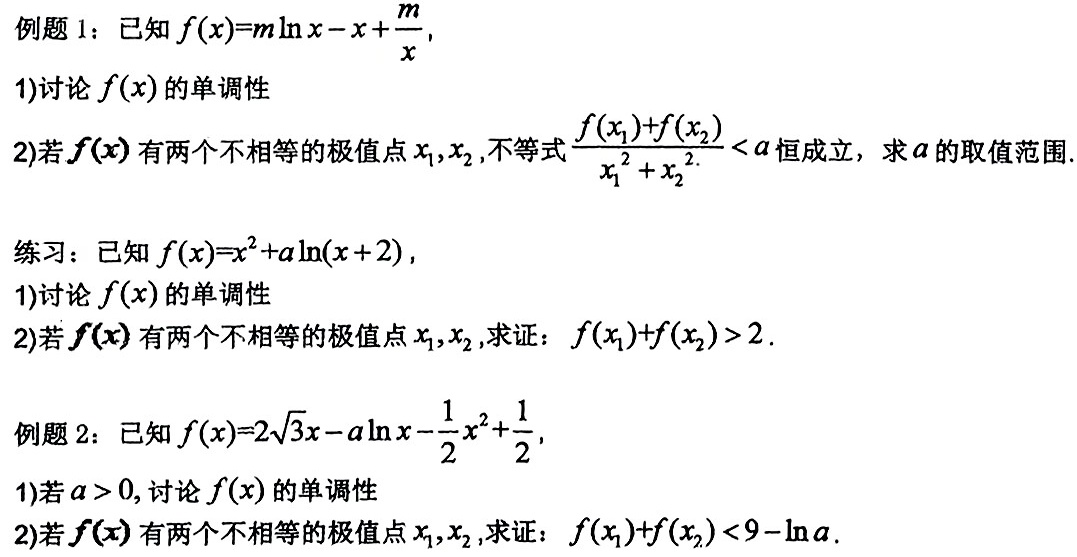
例题 1：已知$f(x)=m\ln x - x + \frac{m}{x}$，
1)讨论$f(x)$的单调性
2)若$f(x)$有两个不相等的极值点$x_1,x_2$，不等式$\frac{f(x_1)+f(x_2)}{x_1^2 + x_2^2}<a$恒成立，求$a$的取值范围.

练习：已知$f(x)=x^2 + a\ln(x + 2)$，
1)讨论$f(x)$的单调性
2)若$f(x)$有两个不相等的极值点$x_1,x_2$，求证：$f(x_1)+f(x_2)>2$.

例题 2：已知$f(x)=2\sqrt{3}x - a\ln x - \frac{1}{2}x^2 + \frac{1}{2}$，
1)若$a > 0$，讨论$f(x)$的单调性
2)若$f(x)$有两个不相等的极值点$x_1,x_2$，求证：$f(x_1)+f(x_2)<9 - \ln a$.